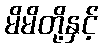
မိမိတို့နှင့်